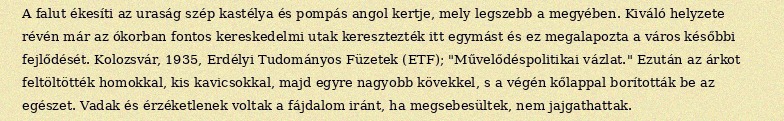
A falut ékesíti az uraság szép kastélya és pompás angol kertje, mely legszebb a megyében. Kiváló helyzete révén már az ókorban fontos kereskedelmi utak keresztezték itt egymást és ez megalapozta a város későbbi fejlődését. Kolozsvár, 1935, Erdélyi Tudományos Füzetek (ETF); "Művelődéspolitikai vázlat." Ezután az árkot feltöltötték homokkal, kis kavicsokkal, majd egyre nagyobb kövekkel, s a végén kőlappal borították be az egészet. Vadak és érzéketlenek voltak a fájdalom iránt, ha megsebesültek, nem jajgathattak.